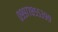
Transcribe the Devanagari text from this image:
०९९७७८५५३९९